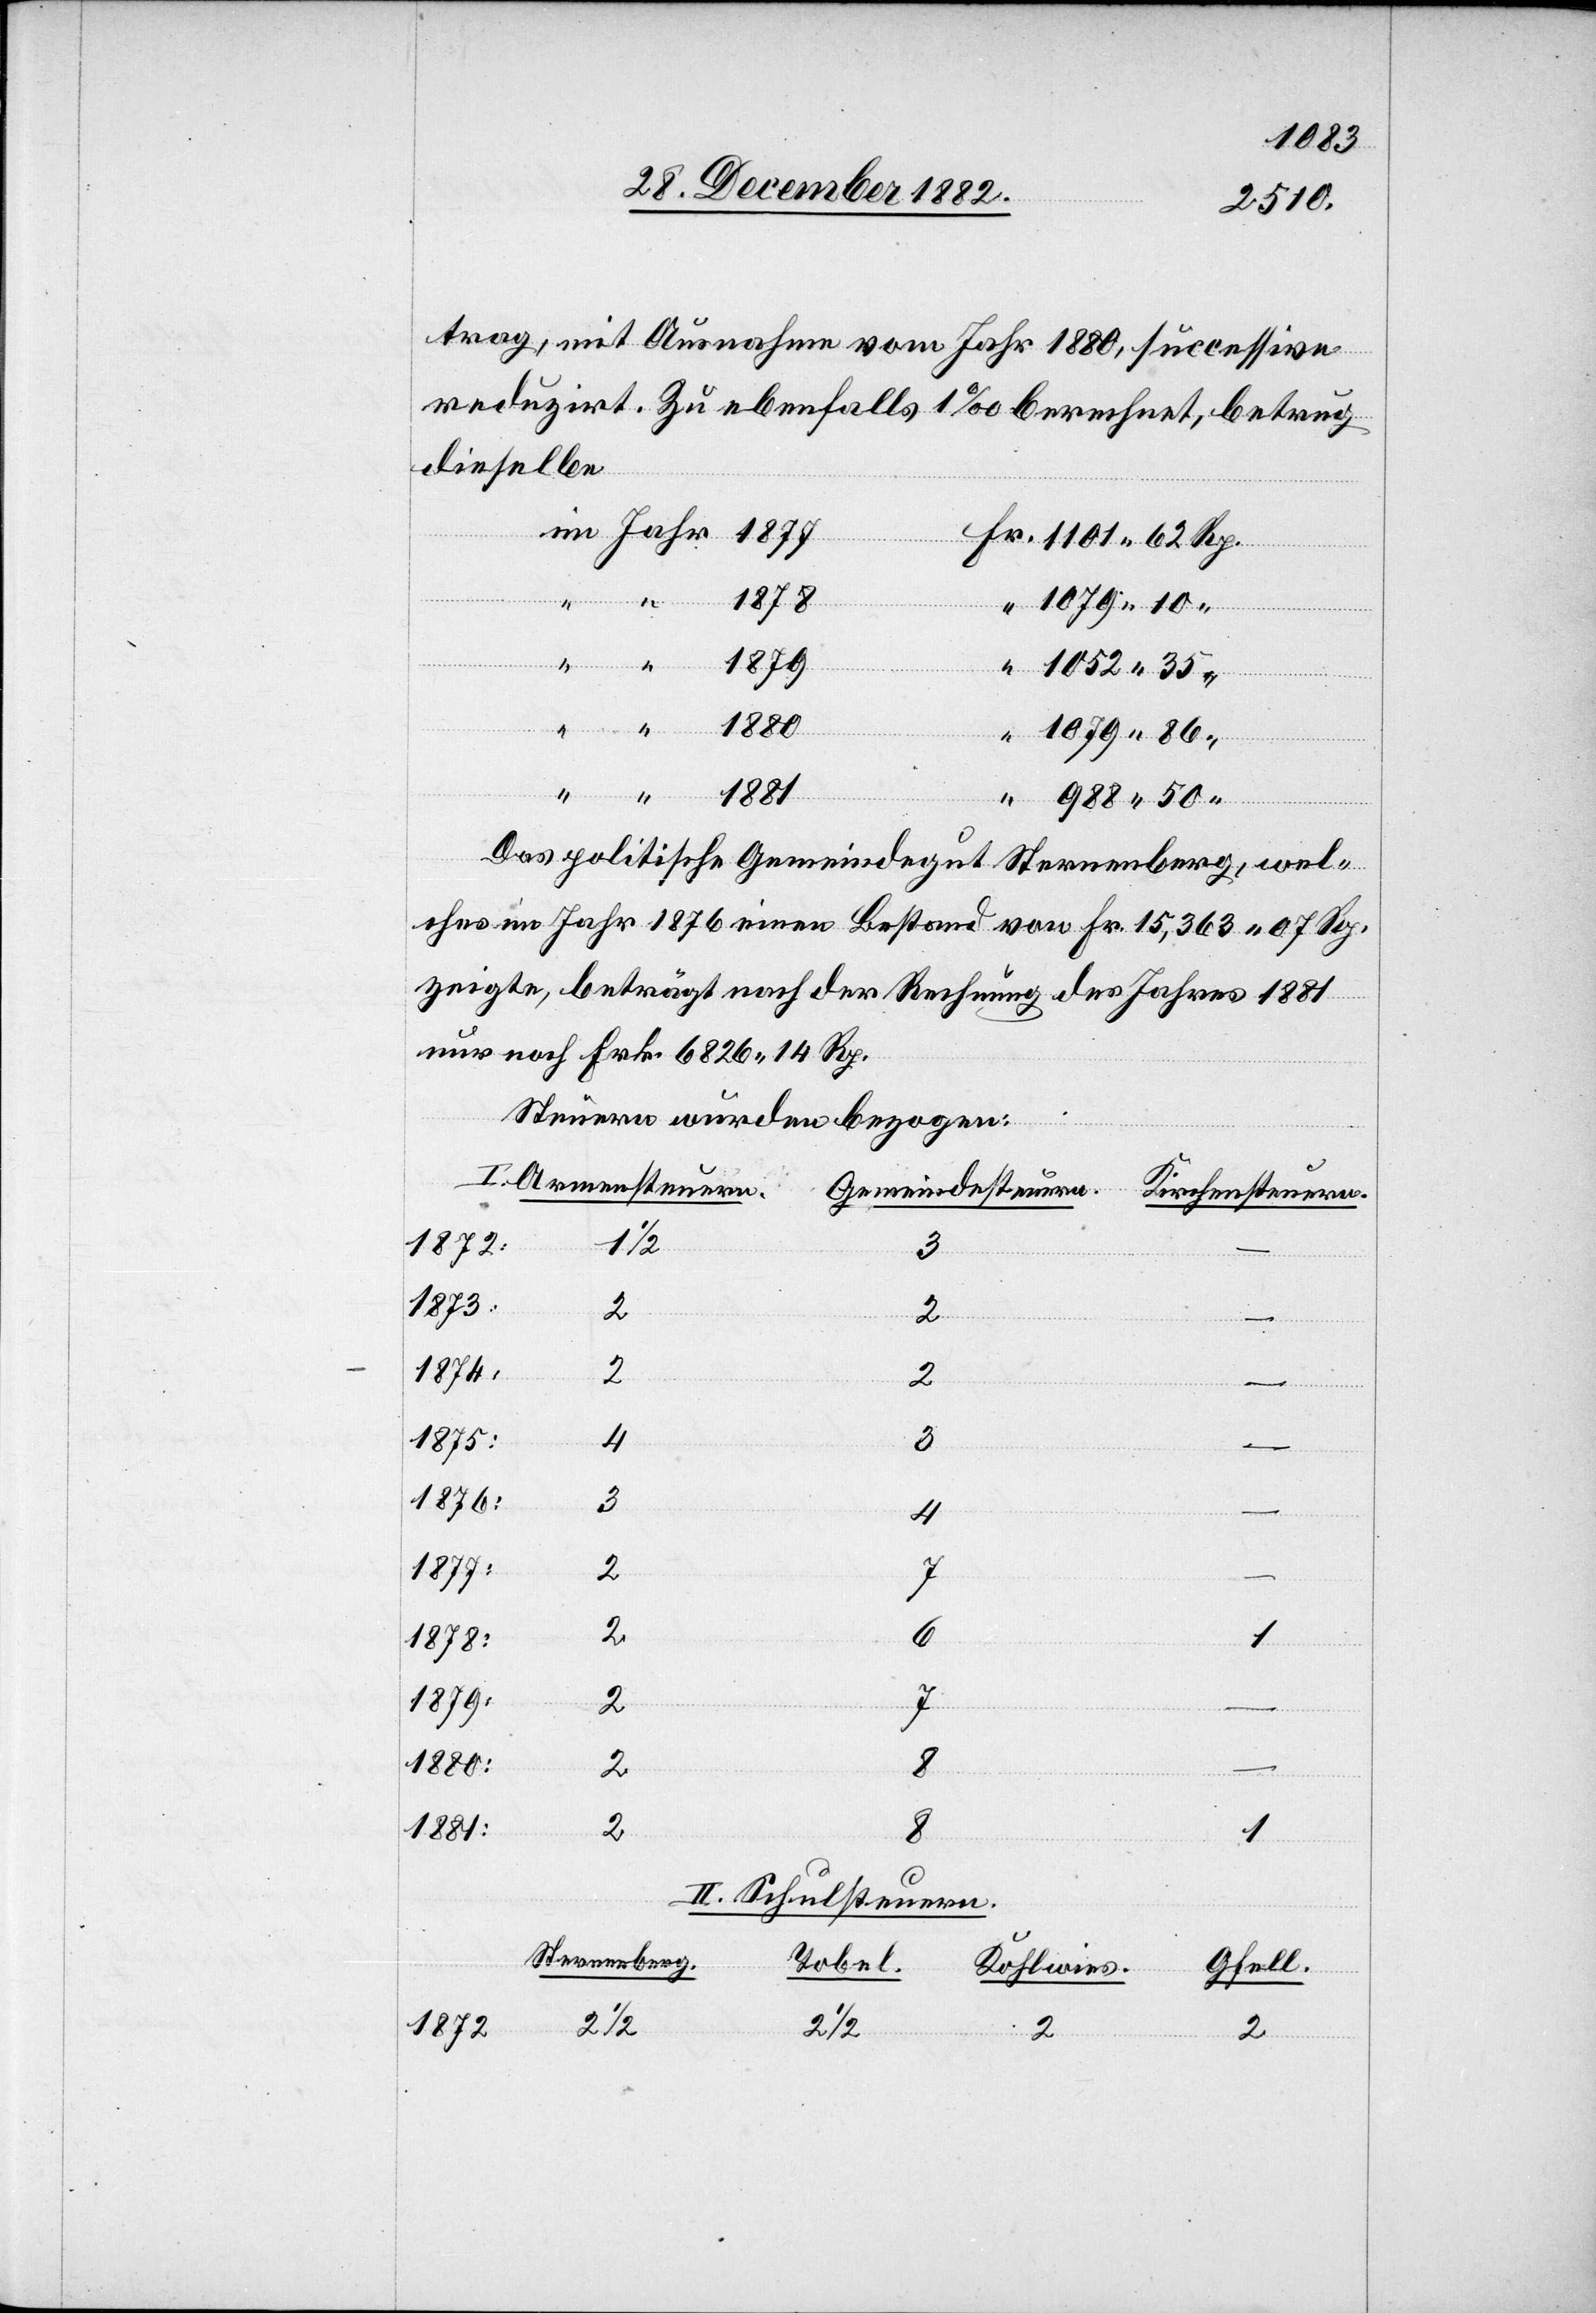
trag, mit Ausnahme vom Jahr 1880, successive
reduzirt. Zu ebenfalls 1‰ berechnet, betrug
dieselbe
“
1878
Gemeind¬
“
1079
Rp.
Das politische Gemeindegut Sternenberg, wel¬
ches im Jahr 1876 einen Bestand von Fr. 15,363 07 Rp.
zeigte, beträgt nach der Rechnung des Jahres 1881
nur noch Frk. 6826 14 Rp.
Steuern wurden bezogen:
I. Armensteuern.
1
3
1873:
2
2
1874:
2
2
1875:
3
1876:
3
“
4
1877:
2
7
1872:
Fr.
2
2
1880:
2
1881:
steuern.
II. Schulsteuern.
Sternenberg.
Tobel.
Kohlwies
Gfell.
2 1/2